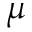
\mu